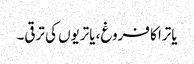
یاترا کا فروغ، یاتریوں کی ترقی۔